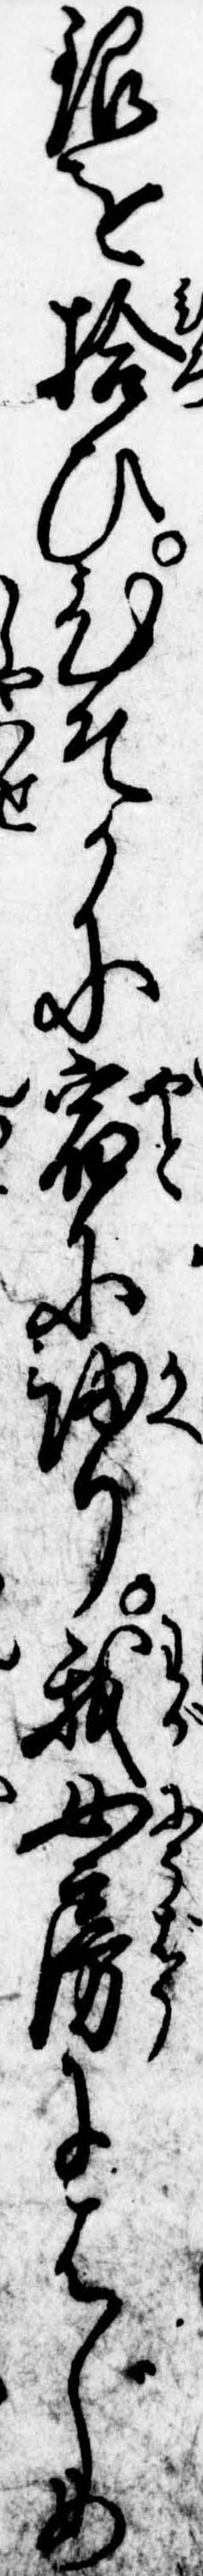
銀を拾ひひそかに宿に帰り我女房にはじめ